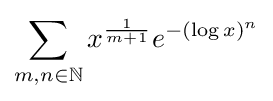
\sum _{m,n\in \mathbb {N} }x^{\frac {1}{m+1}}e^{-(\log x)^{n}}